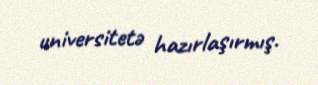
universitetə hazırlaşırmış.